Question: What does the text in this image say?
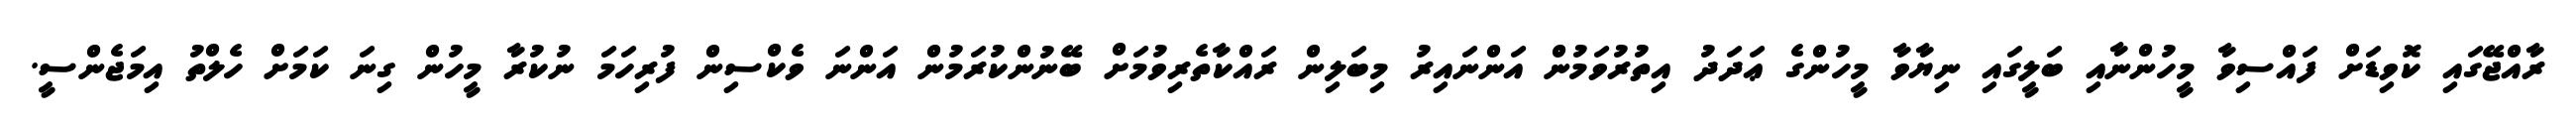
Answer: ރާއްޖޭގައި ކޮވިޑަށް ފައްސިވާ މީހުންނާއި ބަލީގައި ނިޔާވާ މީހުންގެ ޢަދަދު އިތުރުވަމުން އަންނައިރު މިބަލިން ރައްކާތެރިވުމަށް ބޭނުންކުރަމުން އަންނަ ވެކްސިން ފުރިހަމަ ނުކުރާ މީހުން ގިނަ ކަމަށް ހެލްތު އިމަޖެންސީ.